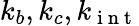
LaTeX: k_{b},k_{c},k_{\mathrm{~i~n~t~}}